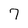
Character: 7